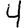
Digit: 4